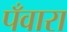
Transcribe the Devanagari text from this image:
पँवारा